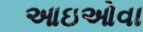
આઇઓવા